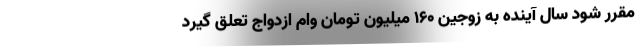
مقرر شود سال آینده به زوجین ۱۶۰ میلیون تومان وام ازدواج تعلق گیرد